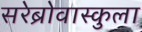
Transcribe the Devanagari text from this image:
सरेब्रोवास्कुला